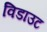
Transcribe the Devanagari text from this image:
विडाउट